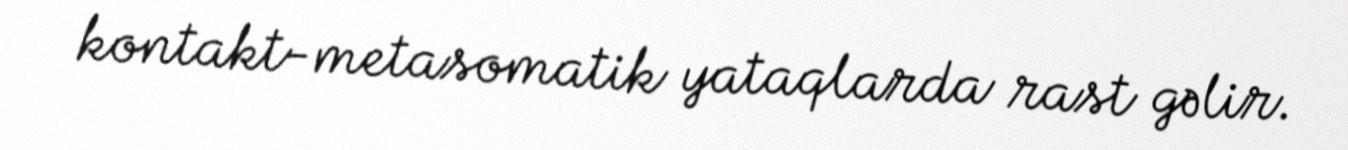
kontakt-metasomatik yataqlarda rast gəlir.